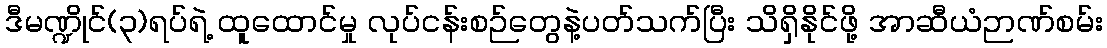
ဒီမဏ္ဍိုင်(၃)ရပ်ရဲ့ ထူထောင်မှု လုပ်ငန်းစဉ်တွေနဲ့ပတ်သက်ပြီး သိရှိနိုင်ဖို့ အာဆီယံဉာဏ်စမ်း